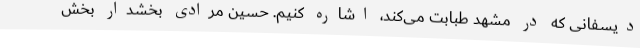
دیسفانی که در مشهد طبابت می‌کند، اشاره کنیم. حسین مرادی بخشدار بخش